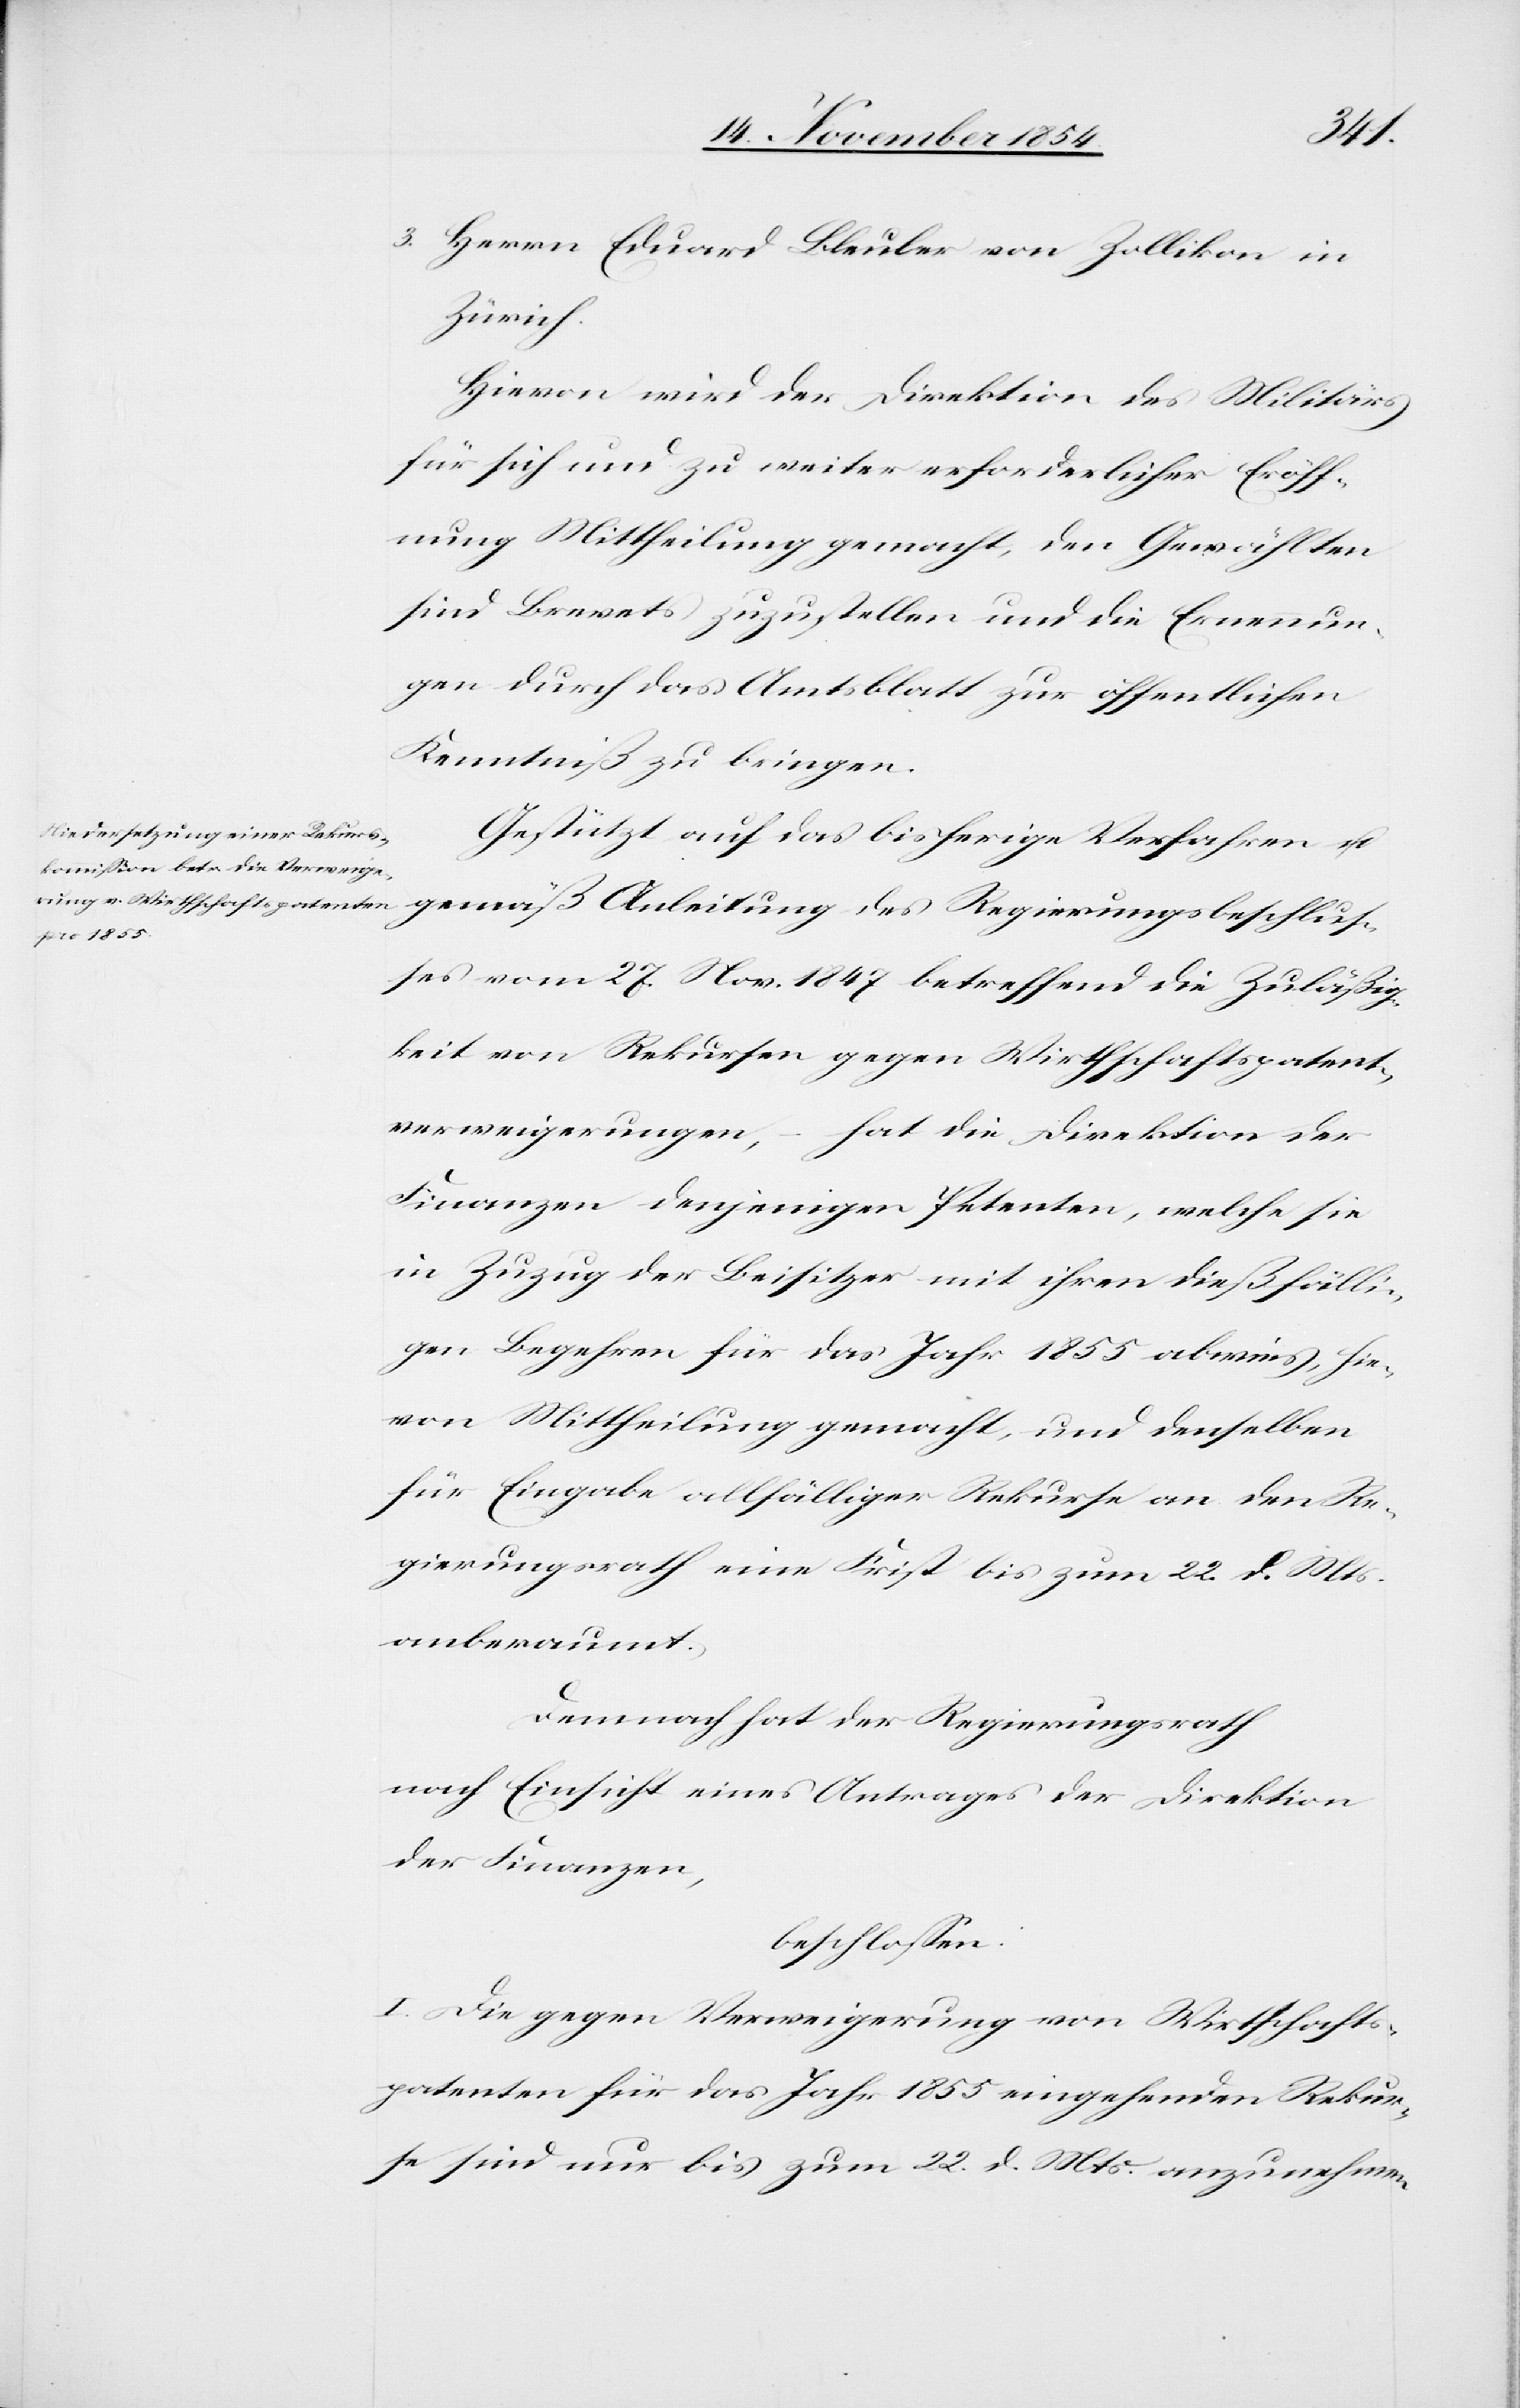
3. Herrn Eduard Bleuler von Zollikon in
Zürich.
Hievon wird der Direktion des Militärs
für sich und zu weiter erforderlicher Eröff¬
nung Mittheilung gemacht, den Gewählten
sind Brevets zuzustellen und die Ernennun¬
gen durch das Amtsblatt zur öffentlichen
Kenntniß zu bringen.
Gestützt auf das bisherige Verfahren u.
gemäß Anleitung des Regierungsbeschluß¬
es vom 27. Nov. 1847 betreffend die Zuläßig¬
keit von Rekursen gegen Wirthschaftspatent¬
verweigerungen,
–
hat die Direktion der
Finanzen denjenigen Petenten, welche sie
in Zuzug der Beisitzer mit ihren dießfälli¬
gen Begehren für das Jahr 1855 abwies, hie¬
von Mittheilung gemacht, und denselben
für Eingaben allfälliger Rekurse an den Re¬
gierungsrath eine Frist bis zum 22. d. Mts.
anberaumt.
Demnach hat der Regierungsrath
nach Einsicht eines Antrages der Direktion
der Finanzen,
beschloßen:
I. Die gegen Verweigerung von Wirthschafts¬
patenten für das Jahr 1855 eingehenden Rekur¬
se sind nur bis zum 22. d. Mts. anzunehmen